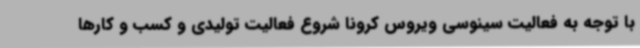
با توجه به فعالیت سینوسی ویروس کرونا شروع فعالیت تولیدی و کسب و کارها